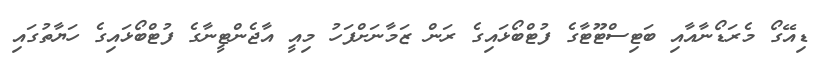
ޑިއޭގޯ މެރަޑޯނާއާއި ބަޓިސްޓޫޓާގެ ފުޓްބޯޅައިގެ ރަން ޒަމާނަށްފަހު މިއީ އާޖެންޓީނާގެ ފުޓްބޯޅައިގެ ހަޔާތުގައި